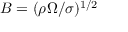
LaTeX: B = ( \rho \Omega / \sigma ) ^ { 1 / 2 }